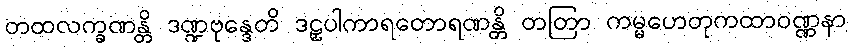
တထလက္ခဏန္တိ ဒဏ္ဍဗုန္ဒေတိ ဒဠှပါကာရတောရဏန္တိ တတြာ ကမ္မဟေတုကထာဝဏ္ဏနာ